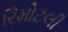
રિમોટલી